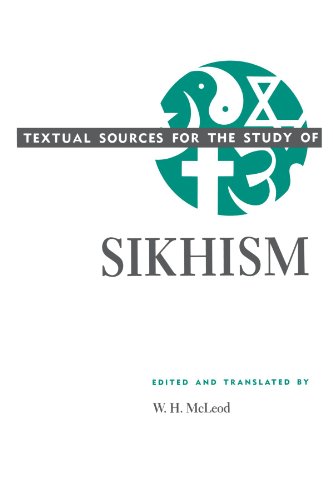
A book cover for Textual Sources for the Study of Sikhism (Textual Sources for the Study of Religion); Religion & Spirituality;